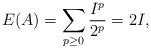
LaTeX: \begin{align*}E(A)=\sum_{p\geq 0}\frac{I^p}{2^p}=2I,\end{align*}